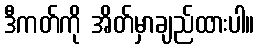
ဒီကတ်ကို အိတ်မှာချည်ထားပါ။